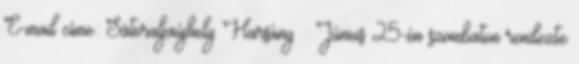
E-mail címe: Sátoraljaújhely Harsány – Június 25-én szombaton rendezte